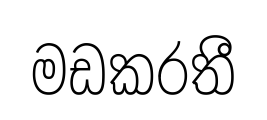
මඩකරතී